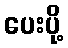
ပေးပို့